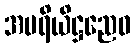
အပရိယိဋ္ဌညေဝ